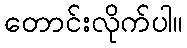
တောင်းလိုက်ပါ။